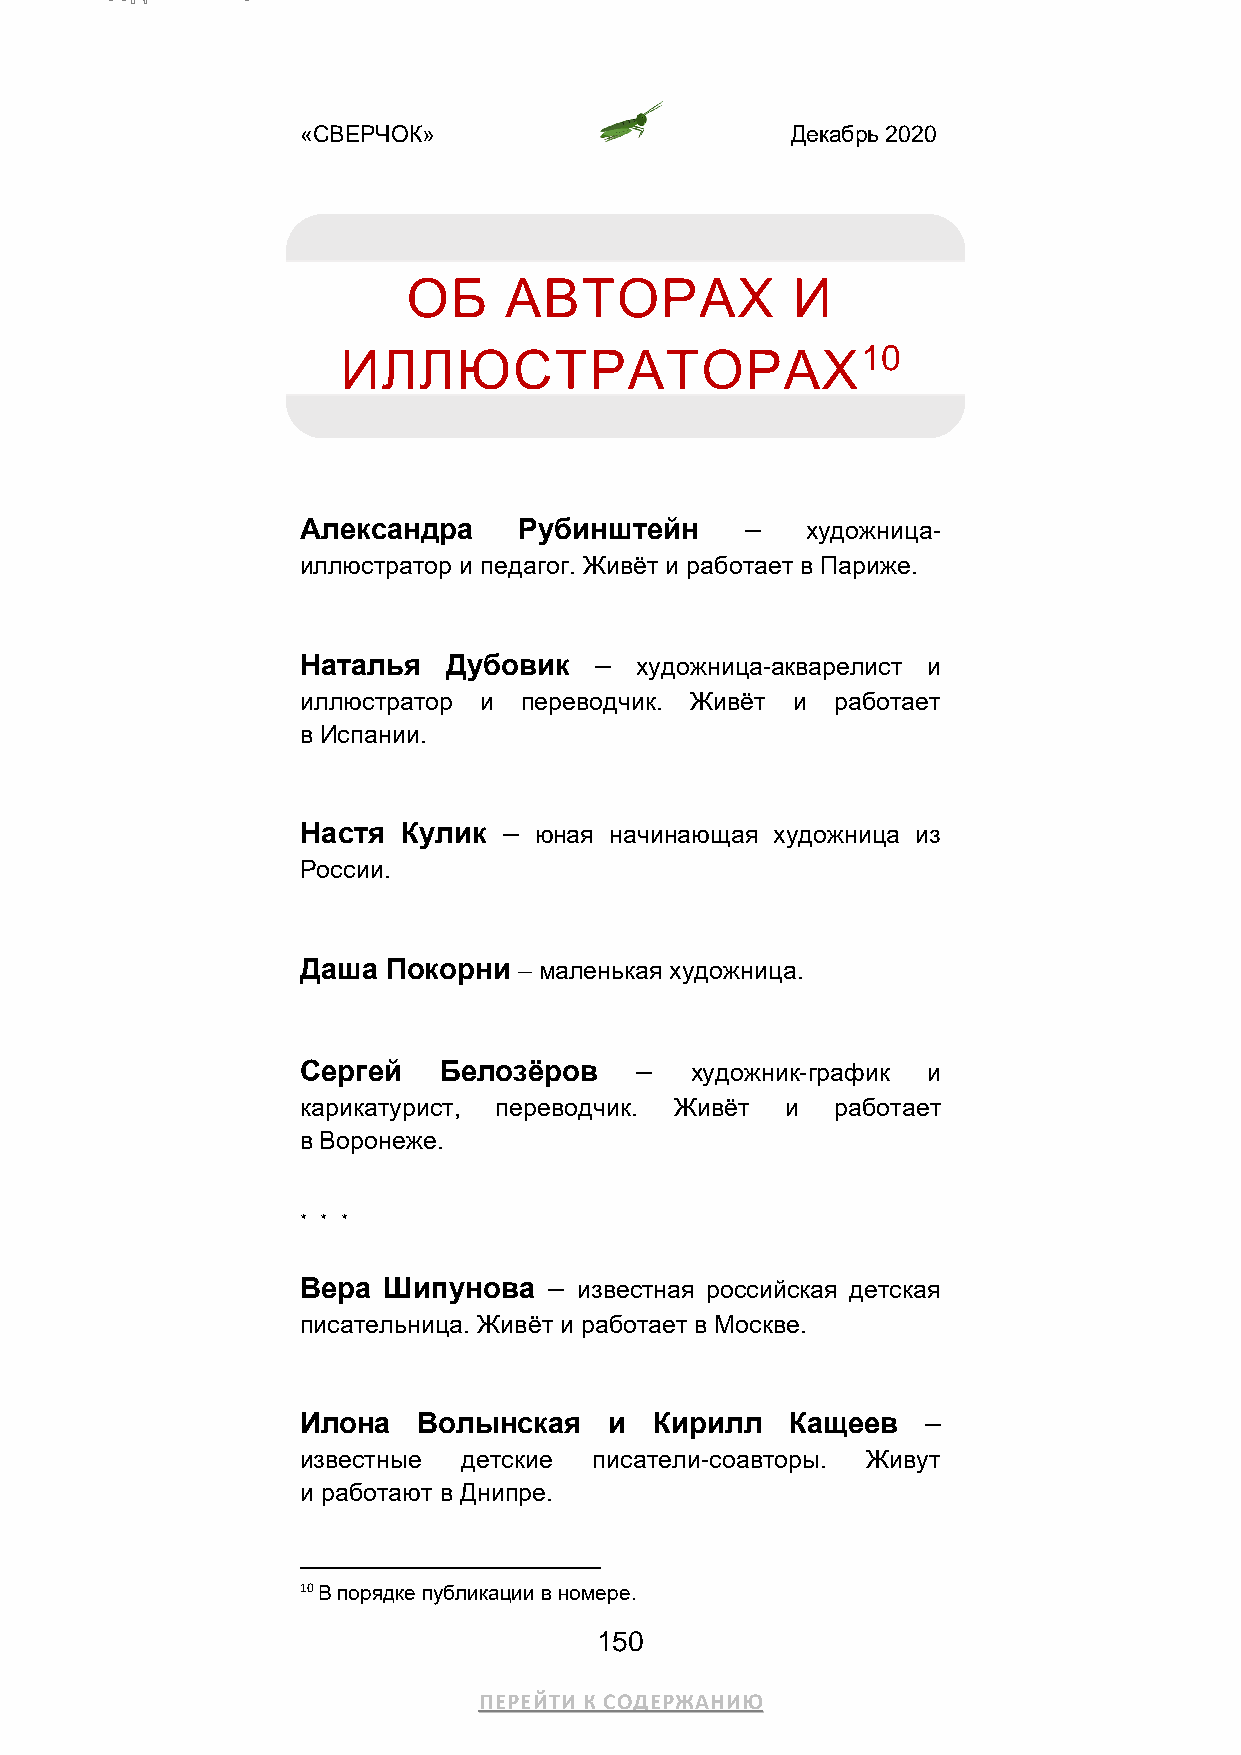
«СВЕРЧОК»                       Декабрь 2020
 ОБ    АВТОРАХ            И
 ИЛЛЮСТРАТОРАХ10
 Александра    Рубинштейн     –   художница-
 иллюстратор и педагог. Живёт и работает в Париже.
 Наталья   Дубовик  –  художница-акварелист и
 иллюстратор и  переводчик. Живёт и работает
 в Испании.
 Настя  Кулик – юная начинающая художница из
 России.
 Даша  Покорни – маленькая художница.
 Сергей   Белозёров    –   художник-график и
 карикатурист, переводчик. Живёт и  работает
 в Воронеже.
 * * *
 Вера Шипунова   – известная российская детская
 писательница. Живёт и работает в Москве.
 Илона   Волынская   и  Кирилл   Кащеев   –
 известные  детские писатели-соавторы. Живут
 и работают в Днипре.
 10 В порядке публикации в номере.
 150
 ПЕРЕЙТИ К СОДЕРЖАНИЮ